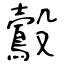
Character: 鷇